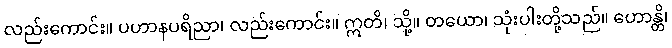
လည်းကောင်း။ ပဟာနပရိညာ၊ လည်းကောင်း။ ဣတိ၊ သို့။ တယော၊ သုံးပါးတို့သည်။ ဟောန္တိ၊